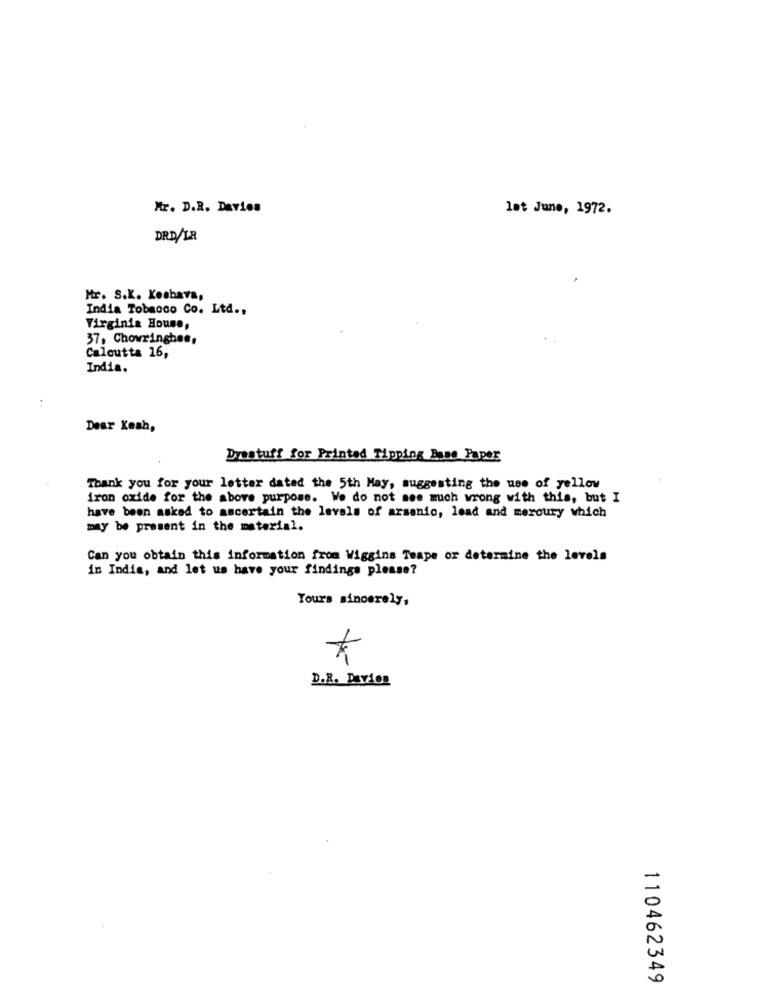
Mr. D.R. Davies
lat June, 1972.
DRD/LR
Mr. S.K. Koobava,
India Tobacco Co. Ltd .,
Virginia House,
37, Chowringhes,
Calcutta 16,
India.
..
Dear Kesh,
Dvastuff for Printed Tipping Bone Paper
Thank you for your letter dated the 5th May, suggesting the use of yellow
iron oxide for the above purpose. We do not see much wrong with this, but I
have been asked to ascertain the levels of arsenio, lead and meroury which
may be present in the material.
Can you obtain this information from Wiggins Teape or determine the levels
in India, and let us have your findings please?
Yours sincerely,
D.R. Davies
110462349